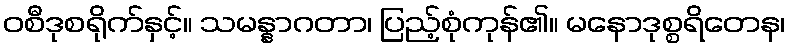
ဝစီဒုစရိုက်နှင့်။ သမန္နာဂတာ၊ ပြည့်စုံကုန်၏။ မနောဒုစ္စရိတေန၊